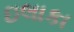
ઇલાકા